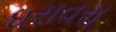
ધરાવરા